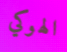
الهوكي